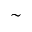
\sim